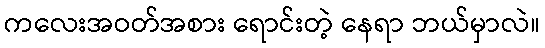
ကလေးအဝတ်အစား ရောင်းတဲ့ နေရာ ဘယ်မှာလဲ။